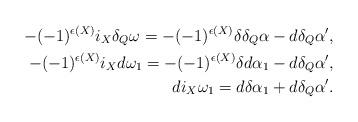
LaTeX: \begin{align*}-(-1)^{\epsilon{(X)}}i_X\delta_Q\omega=-(-1)^{\epsilon{(X)}}\delta\delta_Q\alpha-d\delta_Q\alpha' ,\\-(-1)^{\epsilon{(X)}}i_Xd\omega_1=-(-1)^{\epsilon{(X)}}\delta d\alpha_1-d\delta_Q\alpha' ,\\di_X\omega_1=d\delta\alpha_1+d\delta_Q\alpha' .\end{align*}